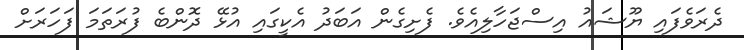
ދެރަވެފައި ޔޫޝައު އިސްޖަހާލިއެވެ. ފެށިގެން އަބަދު އެކީގައި އުޅޭ ދޮންބެ ފުރަތަަމަ ފަހަރަށް